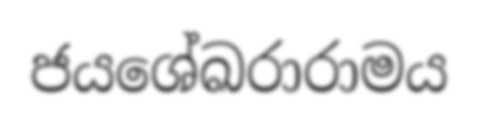
ජයශේඛරාරාමය